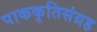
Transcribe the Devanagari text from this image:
पाककृतिसंग्रह